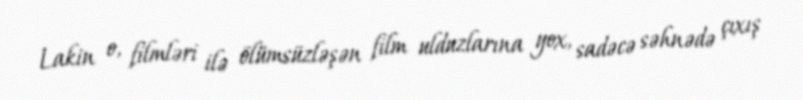
Lakin o, filmləri ilə ölümsüzləşən film ulduzlarına yox, sadəcə səhnədə çıxış